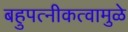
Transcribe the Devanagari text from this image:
बहुपत्‍नीकत्वामुळे